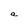
Character: a